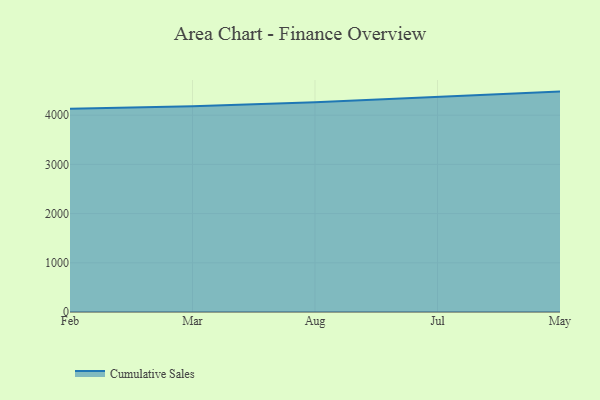
{"axis": {"x": "Month", "y": "Tickets Resolved"}, "legend": ["Cumulative Sales"], "data": [{"x": "Feb", "y": 4131.9, "type": "Cumulative Sales"}, {"x": "Mar", "y": 4183.3, "type": "Cumulative Sales"}, {"x": "Aug", "y": 4262.6, "type": "Cumulative Sales"}, {"x": "Jul", "y": 4363.4, "type": "Cumulative Sales"}, {"x": "May", "y": 4479.4, "type": "Cumulative Sales"}]}